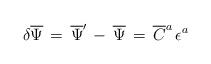
LaTeX: \begin{align*}\delta {\overline \Psi} \,=\,{\overline \Psi}^{\prime}\,-\,{\overline \Psi}\, = \,{\overline C}^a \,\epsilon^a\end{align*}